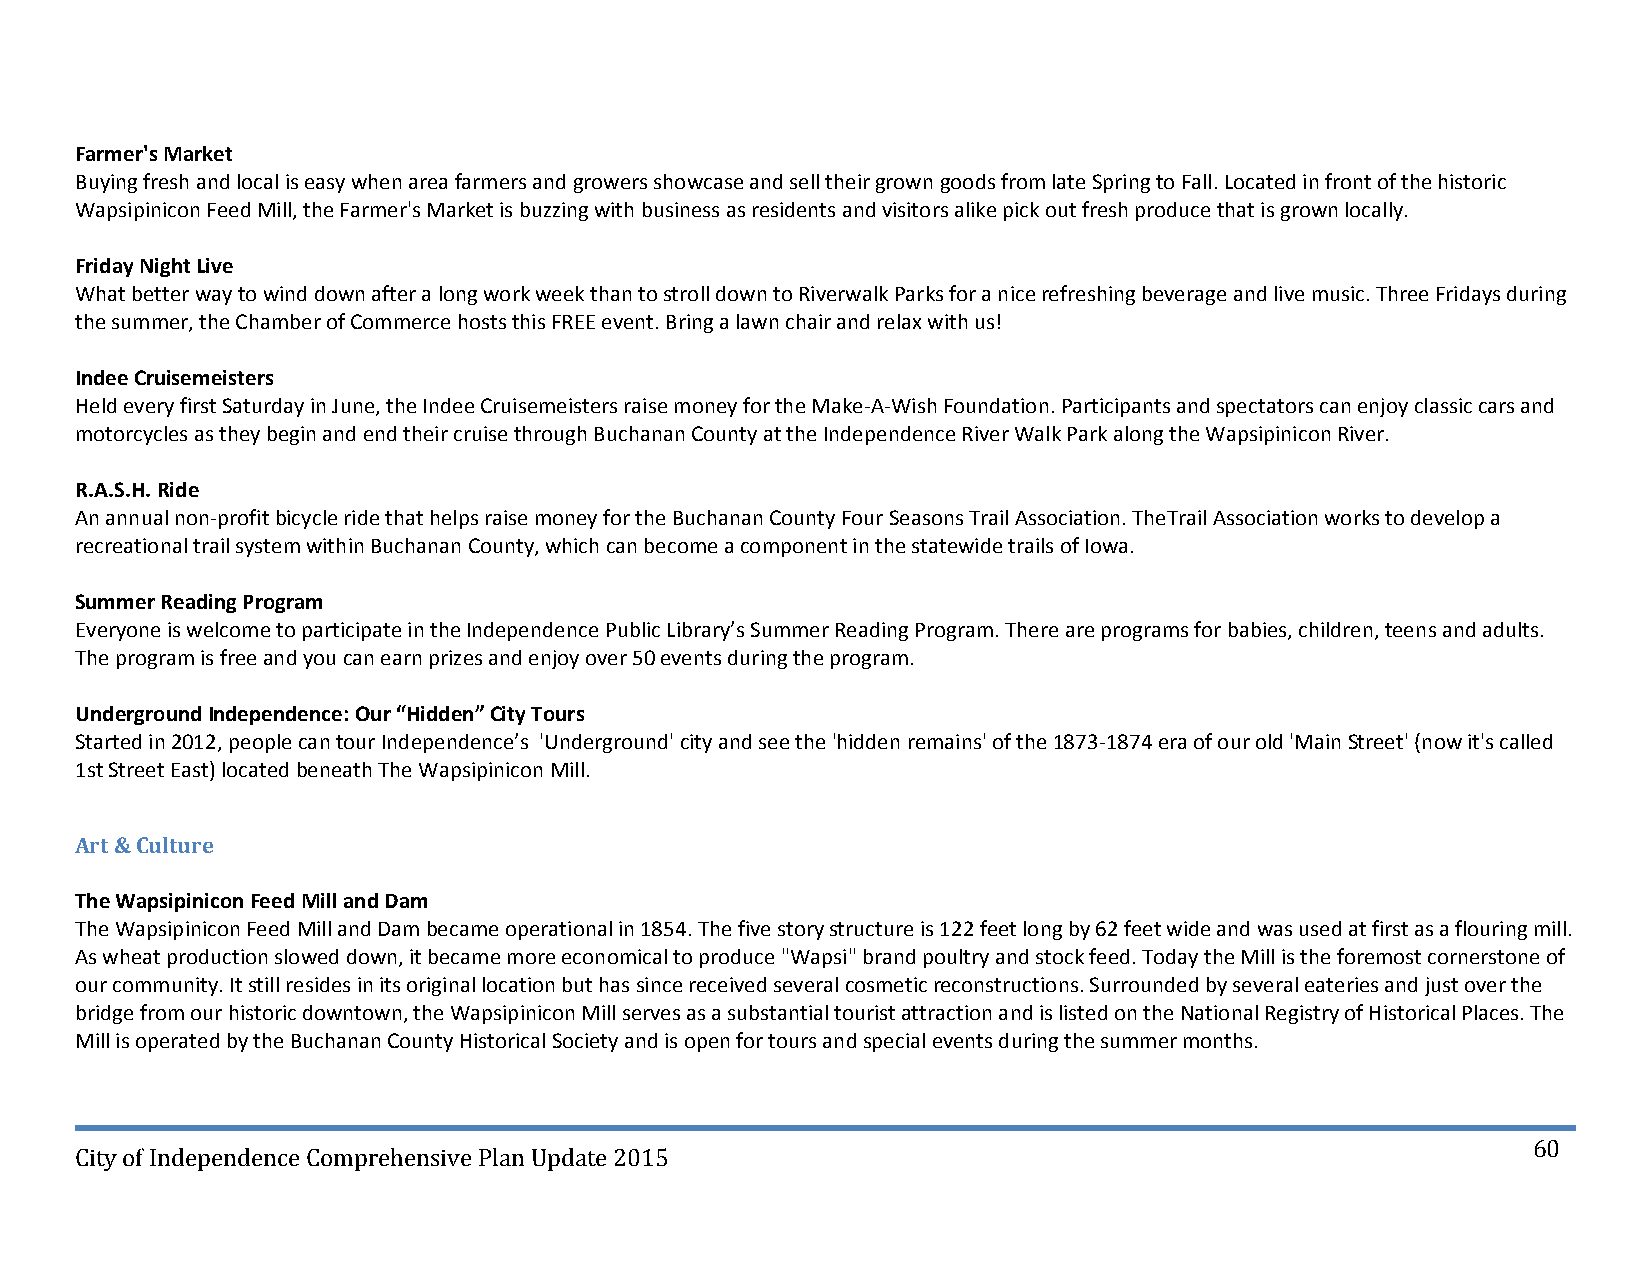
Farmer's Market
 Buying fresh and local is easy when area farmers and growers showcase and sell their grown goods from late Spring to Fall. Located in front of the historic
 Wapsipinicon Feed Mill, the Farmer's Market is buzzing with business as residents and visitors alike pick out fresh produce that is grown locally.
 Friday Night Live
 What better way to wind down after a long work week than to stroll down to Riverwalk Parks for a nice refreshing beverage and live music. Three Fridays during
 the summer, the Chamber of Commerce hosts this FREE event. Bring a lawn chair and relax with us!
 Indee Cruisemeisters
 Held every first Saturday in June, the Indee Cruisemeisters raise money for the Make‐A‐Wish Foundation. Participants and spectators can enjoy classic cars and
 motorcycles as they begin and end their cruise through Buchanan County at the Independence River Walk Park along the Wapsipinicon River.
 R.A.S.H. Ride
 An annual non‐profit bicycle ride that helps raise money for the Buchanan County Four Seasons Trail Association. TheTrail Association works to develop a
 recreational trail system within Buchanan County, which can become a component in the statewide trails of Iowa.
 Summer Reading Program
 Everyone is welcome to participate in the Independence Public Library’s Summer Reading Program. There are programs for babies, children, teens and adults.
 The program is free and you can earn prizes and enjoy over 50 events during the program.
 Underground Independence: Our “Hidden” City Tours
 Started in 2012, people can tour Independence’s 'Underground' city and see the 'hidden remains' of the 1873‐1874 era of our old 'Main Street' (now it's called
 1st Street East) located beneath The Wapsipinicon Mill.
 Art & Culture
 The Wapsipinicon Feed Mill and Dam
 The Wapsipinicon Feed Mill and Dam became operational in 1854. The five story structure is 122 feet long by 62 feet wide and was used at first as a flouring mill.
 As wheat production slowed down, it became more economical to produce "Wapsi" brand poultry and stock feed. Today the Mill is the foremost cornerstone of
 our community. It still resides in its original location but has since received several cosmetic reconstructions. Surrounded by several eateries and just over the
 bridge from our historic downtown, the Wapsipinicon Mill serves as a substantial tourist attraction and is listed on the National Registry of Historical Places. The
 Mill is operated by the Buchanan County Historical Society and is open for tours and special events during the summer months.
 60
 City of Independence Comprehensive Plan Update 2015